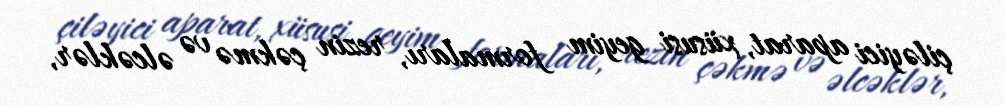
çiləyici aparat, xüsusi geyim formaları, rezin çəkmə və əlcəklər,